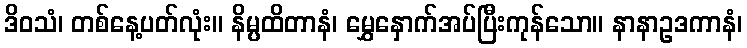
ဒိဝသံ၊ တစ်နေ့ပတ်လုံး။ နိမ္ပထိတာနံ၊ မွှေနှောက်အပ်ပြီးကုန်သော။ နာနာဥဒကာနံ၊